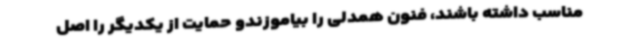
مناسب داشته باشند، فنون همدلی را بیاموزندو حمایت از یکدیگر را اصل